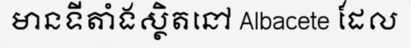
មានទីតាំងស្ថិតនៅ Albacete ដែល